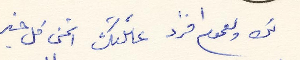
لك ولعموم افراد عائلتك أتمنى كل خير